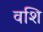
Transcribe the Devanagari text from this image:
वशि